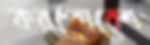
করপোরেশ